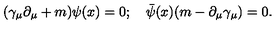
( { \gamma } _ { \mu } \partial _ { \mu } + m ) \psi ( x ) = 0 ; \quad { \bar { \psi } } ( x ) ( m - \partial _ { \mu } \gamma _ { \mu } ) = 0 .